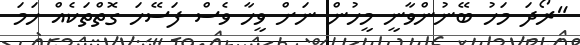
"ރޯދަ މަހު ބޭނުންވާނީ މީހުން ނަށް ވީހާ ވެސް ފަސޭހަ ގޮތްތަކެއް ހަމަ